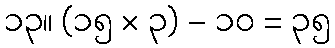
၁၃။ (၁၅ × ၃) - ၁၀ = ၃၅